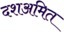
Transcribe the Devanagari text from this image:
दशअमित